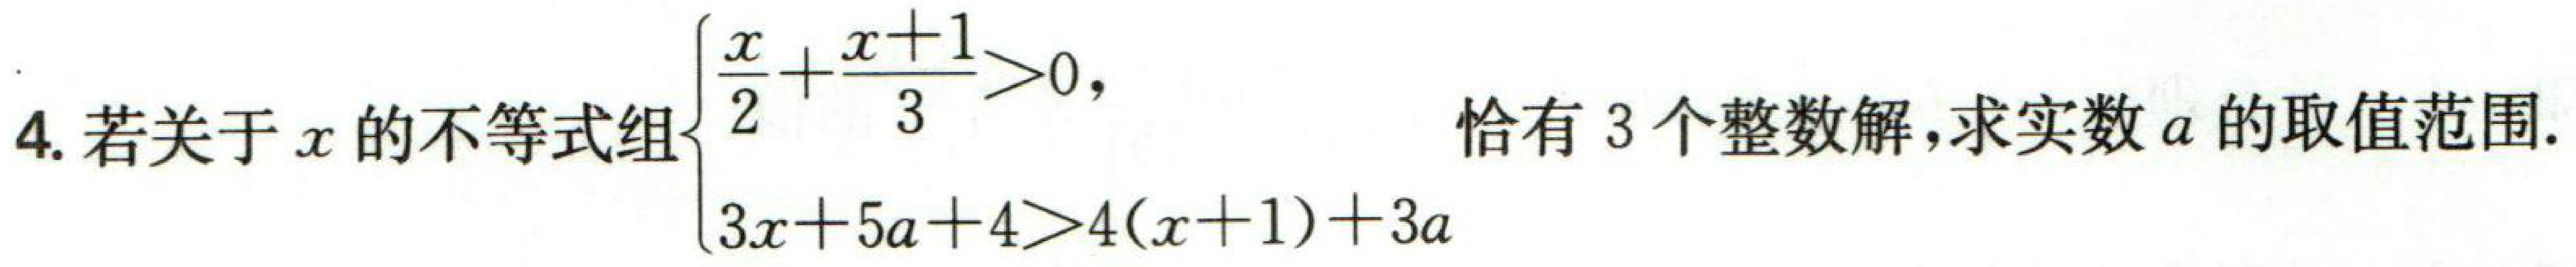
4. 若关于\(x\)的不等式组\(\begin{cases}\dfrac{x}{2}+\dfrac{x + 1}{3}>0,\\3x + 5a + 4>4(x + 1)+3a\end{cases}\)恰有\(3\)个整数解,求实数\(a\)的取值范围.